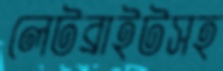
লেটব্রাইটসহ